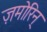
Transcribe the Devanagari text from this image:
ज़मोरिन्